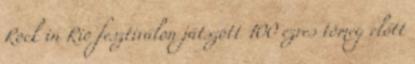
Rock in Rio fesztiválon játszott 100 ezres tömeg előtt